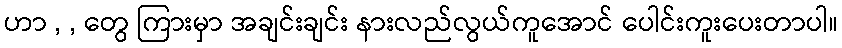
ဟာ , , တွေ ကြားမှာ အချင်းချင်း နားလည်လွယ်ကူအောင် ပေါင်းကူးပေးတာပါ။